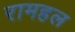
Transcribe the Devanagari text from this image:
रामहल